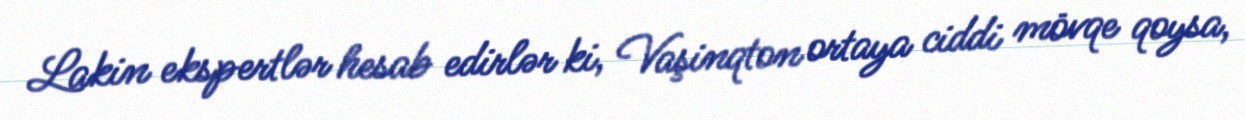
Lakin ekspertlər hesab edirlər ki, Vaşinqton ortaya ciddi mövqe qoysa,